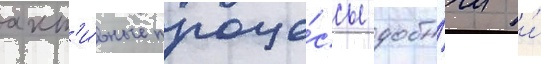
акт'и́вные проце́ссы добы́чи и́